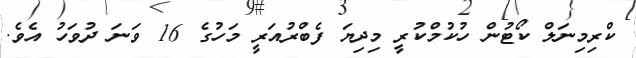
ކްރިމިނަލް ކޯޓުން ހުކުމްކުރީ މިދިޔަ ފެބްރުއަރީ މަހުގެ 16 ވަނަ ދުވަހު އެވެ.